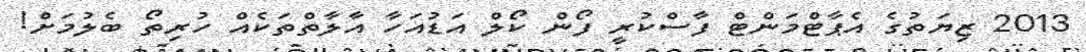
2013 ޒިޔަތުގެ އެޕާޓްމަންޓް ފާސްކުރީ ފޯން ކޯލް އަޑުއަހާ އާލާތްތަކެއް ހުރިތޯ ބެލުމަށް!